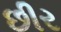
છીર